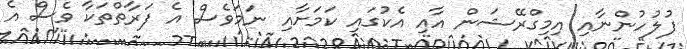
ފުލުހުންނާއި އިމިގްރޭޝަން އާއި އެކުގައި ކަމަށާއި ނަމަވެސް އެ ފަރާތްތަކާ ވެސް އެ